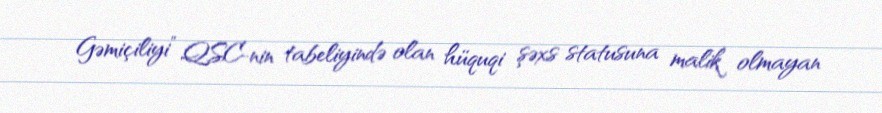
Gəmiçiliyi” QSC-nin tabeliyində olan hüquqi şəxs statusuna malik olmayan